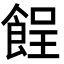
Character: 𩛦